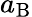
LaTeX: a_{\mathrm{B}}